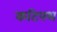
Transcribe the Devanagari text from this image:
कटिपथ